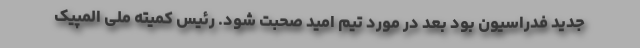
جدید فدراسیون بود بعد در مورد تیم امید صحبت شود. رئیس کمیته ملی المپیک